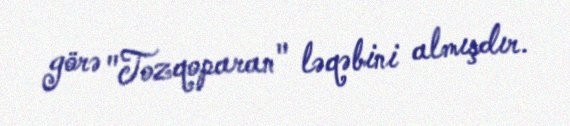
görə "Tozqoparan" ləqəbini almışdır.